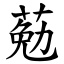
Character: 葂